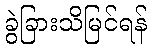
ခွဲခြားသိမြင်ရန်